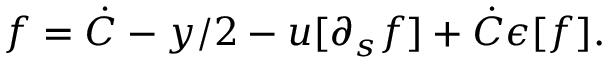
f = \dot { C } - y / 2 - u [ \partial _ { s } f ] + \dot { C } \epsilon [ f ] .